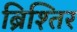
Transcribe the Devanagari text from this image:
ब्रिश्तिर